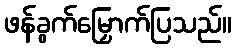
ဖန်ခွက်မြှောက်ပြသည်။